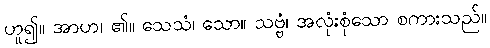
ဟူ၍။ အာဟ၊ ၏။ သေသံ၊ သော။ သဗ္ဗံ၊ အလုံးစုံသော စကားသည်။